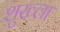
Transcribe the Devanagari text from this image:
शुख्ला